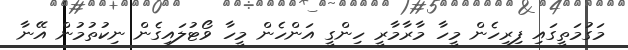
މަގުމަތީގައި ފިރިހެން މީހާ މާރާމާރީ ހިންގީ އަންހެން މީހާ ވޯޓުލައިގެން ނިކުތުމުން އޭނާ